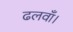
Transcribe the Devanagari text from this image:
ढलवाँ।